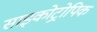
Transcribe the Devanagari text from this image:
साइकोट्रोपिक